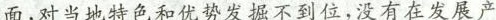
面，对当地特色和优势发掘不到位，没有在发展产